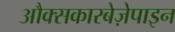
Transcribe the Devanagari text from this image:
औक्सकारबेज़ेपाइन